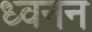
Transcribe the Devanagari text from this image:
ध्वनन